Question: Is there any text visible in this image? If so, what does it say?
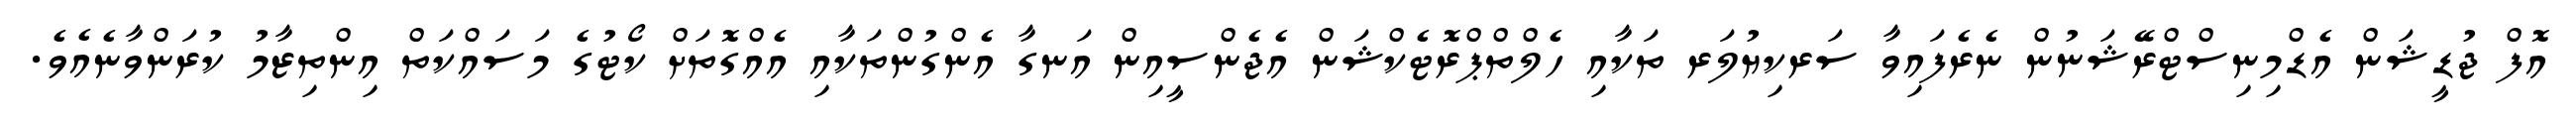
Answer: އޮފް ޖުޑީޝަން އެޑްމިނިސްޓްރޭޝަނުން ނެރެފައިވާ ސަރކިޔުލަރ ތަކާއި ހެލްތްޕްރޮޓެކްޝަން އެޖެންސީއިން އަނގާ އެންގުންތަކާއި އެއްގޮތަށް ކޯޓުގެ މަސައްކަތް އިންތިޒާމު ކުރަންވާނެއެވެ.